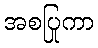
အစပြုကာ